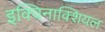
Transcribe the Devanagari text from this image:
इक्विनाक्शियल